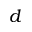
d